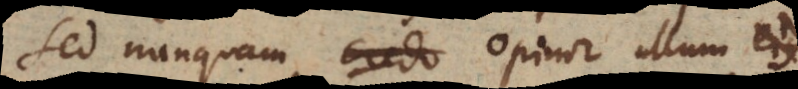
Sed nunquam opinor ullum ejus